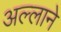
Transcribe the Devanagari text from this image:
अल्लाने